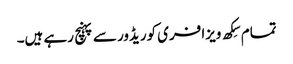
تمام سِکھ ویزا فری کوریڈور سے پہنچ رہے ہیں۔